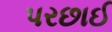
પરછાઈ